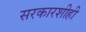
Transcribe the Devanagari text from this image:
सरकारशीही